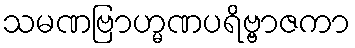
သမဏဗြာဟ္မဏပရိဗ္ဗာဇကာ